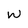
Character: w